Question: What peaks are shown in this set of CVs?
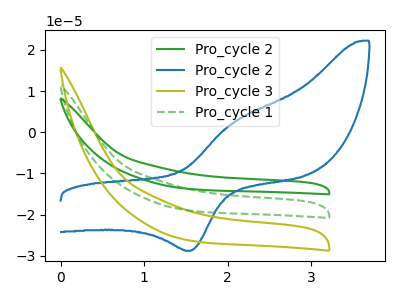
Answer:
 <answer>The green curve "Pro_cycle 2" has no peaks. The blue curve "Pro_cycle 2" has an anodic peak at (2.10V, 2.45uA) and a cathodic peak at (1.55V, -28.80uA). The olive curve "Pro_cycle 3" has no peaks. The green dashed curve "Pro_cycle 1" has no peaks.</answer>
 <eval></eval>